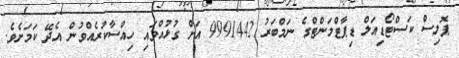
ޕޮލިސް ކަސްޓޯޑިއަލް ޑިޕާޓްމަންޓްގެ ނަމްބަރު 9991442 އަށް ގުޅުއްވައި ހިއްސާކުރެއްވުން އެދޭ ކަމަށެވެ.